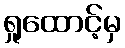
ရှုထောင့်မှ